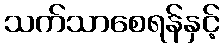
သက်သာစေရန်နှင့်